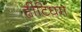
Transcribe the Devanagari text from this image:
ह्वीटिंघम